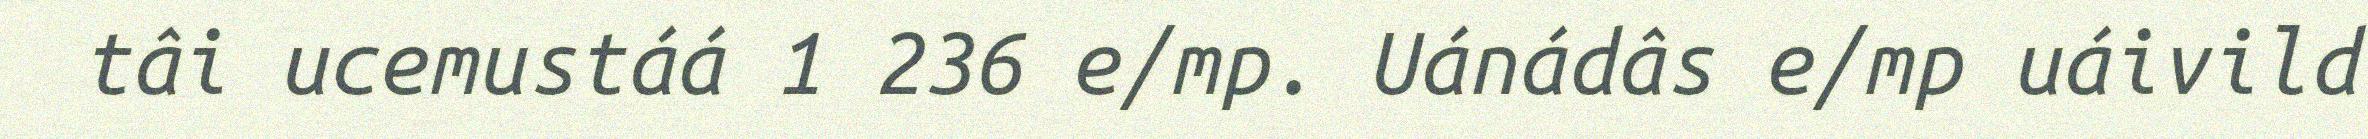
tâi ucemustáá 1 236 e/mp. Uánádâs e/mp uáivild